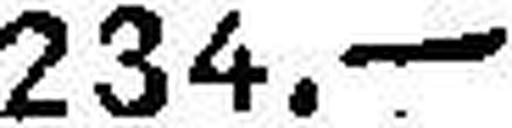
234.—